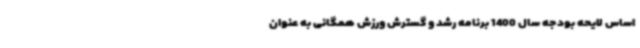
اساس لایحه بودجه سال 1400 برنامه رشد و گسترش ورزش همگانی به عنوان